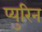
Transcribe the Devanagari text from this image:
प्युरिन